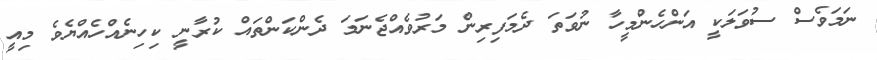
ނަމަވެސް ސުވަލަކީ އަންހެންމީހާ ނުވަތަ ދެމަފިރިން މަރުވެއްޖެނަމަ ދެންކަންތައް ކުރާނީ ކިހިނެއްހެއްޔެވެ މިއީ